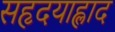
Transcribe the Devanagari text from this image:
सहृदयाह्लाद